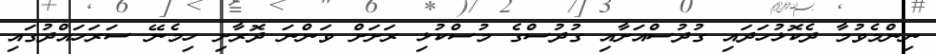
ނިންމެވުމާ ދެކޮޅުހަދައި ގުދުސްއަށާއި ގުދުސްގެ މުސްކުޅި ރަށަށް ވަންނަ ދޮރާށި ހިމެނޭ ސަރަހައްދުގައި